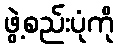
ဖွဲ့စည်းပုံကို